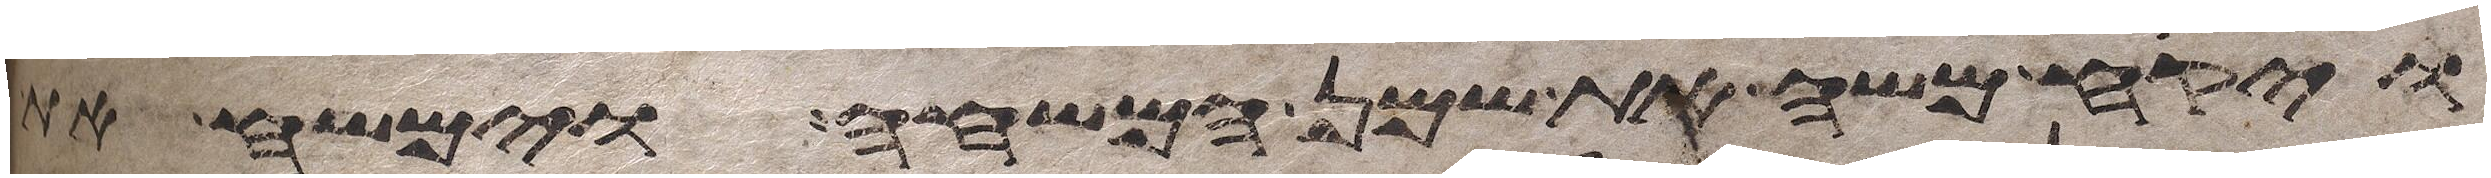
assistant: ויקח משה את שמן המשחה וימשח את